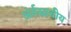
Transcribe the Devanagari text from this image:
अंर्तस्रावीय